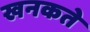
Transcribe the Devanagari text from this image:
खनकते